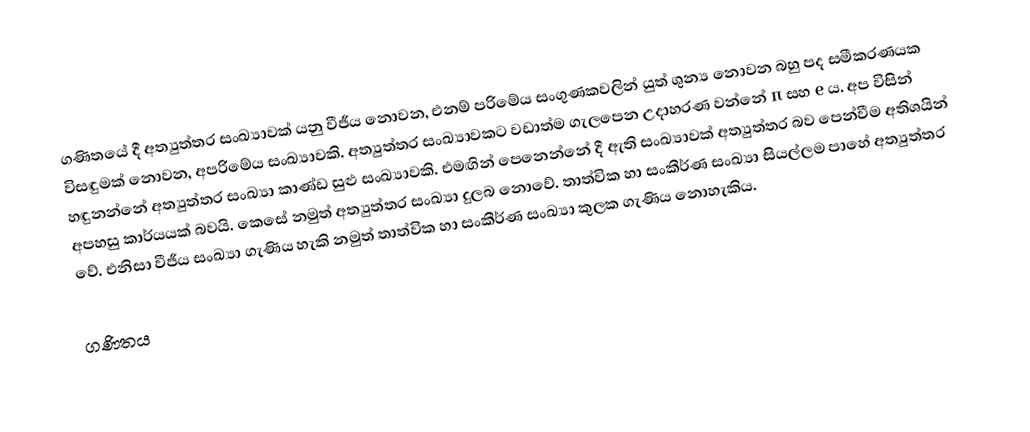
ගණිතයේ දී අත්‍යුත්තර සංඛ්‍යාවක් යනු වීජීය නොවන, එනම් පරිමේය සංගුණකවලින් යුත් ශුන්‍ය නොවන බහු පද සමීකරණයක විසඳුමක් නොවන, අපරිමේය සංඛ්‍යාවකි. අත්‍යුත්තර සංඛ්‍යාවකට වඩාත්ම ගැලපෙන උදාහරණ වන්නේ π සහ e ය. අප විසින් හඳුනන්නේ අත්‍යුත්තර සංඛ්‍යා කාණ්ඩ සුළු සංඛ්‍යාවකි. එමඟින් පෙනෙන්නේ දී ඇති සංඛ්‍යාවක් අත්‍යුත්තර බව පෙන්වීම අතිශයින් අපහසු කාර්යයක් බවයි. කෙසේ නමුත් අත්‍යුත්තර සංඛ්‍යා දුලබ නොවේ. තාත්වික හා සංකීර්ණ සංඛ්‍යා සියල්ලම පාහේ අත්‍යුත්තර වේ. එනිසා වීජීය සංඛ්‍යා ගැණිය හැකි නමුත් තාත්වික හා සංකීර්ණ සංඛ්‍යා කුලක ගැණිය නොහැකිය.

ගණිතය